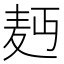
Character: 𮮄